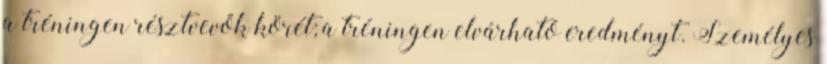
a tréningen résztvevők körét; a tréningen elvárható eredményt. Személyes